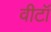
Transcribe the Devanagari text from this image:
वीटॉ